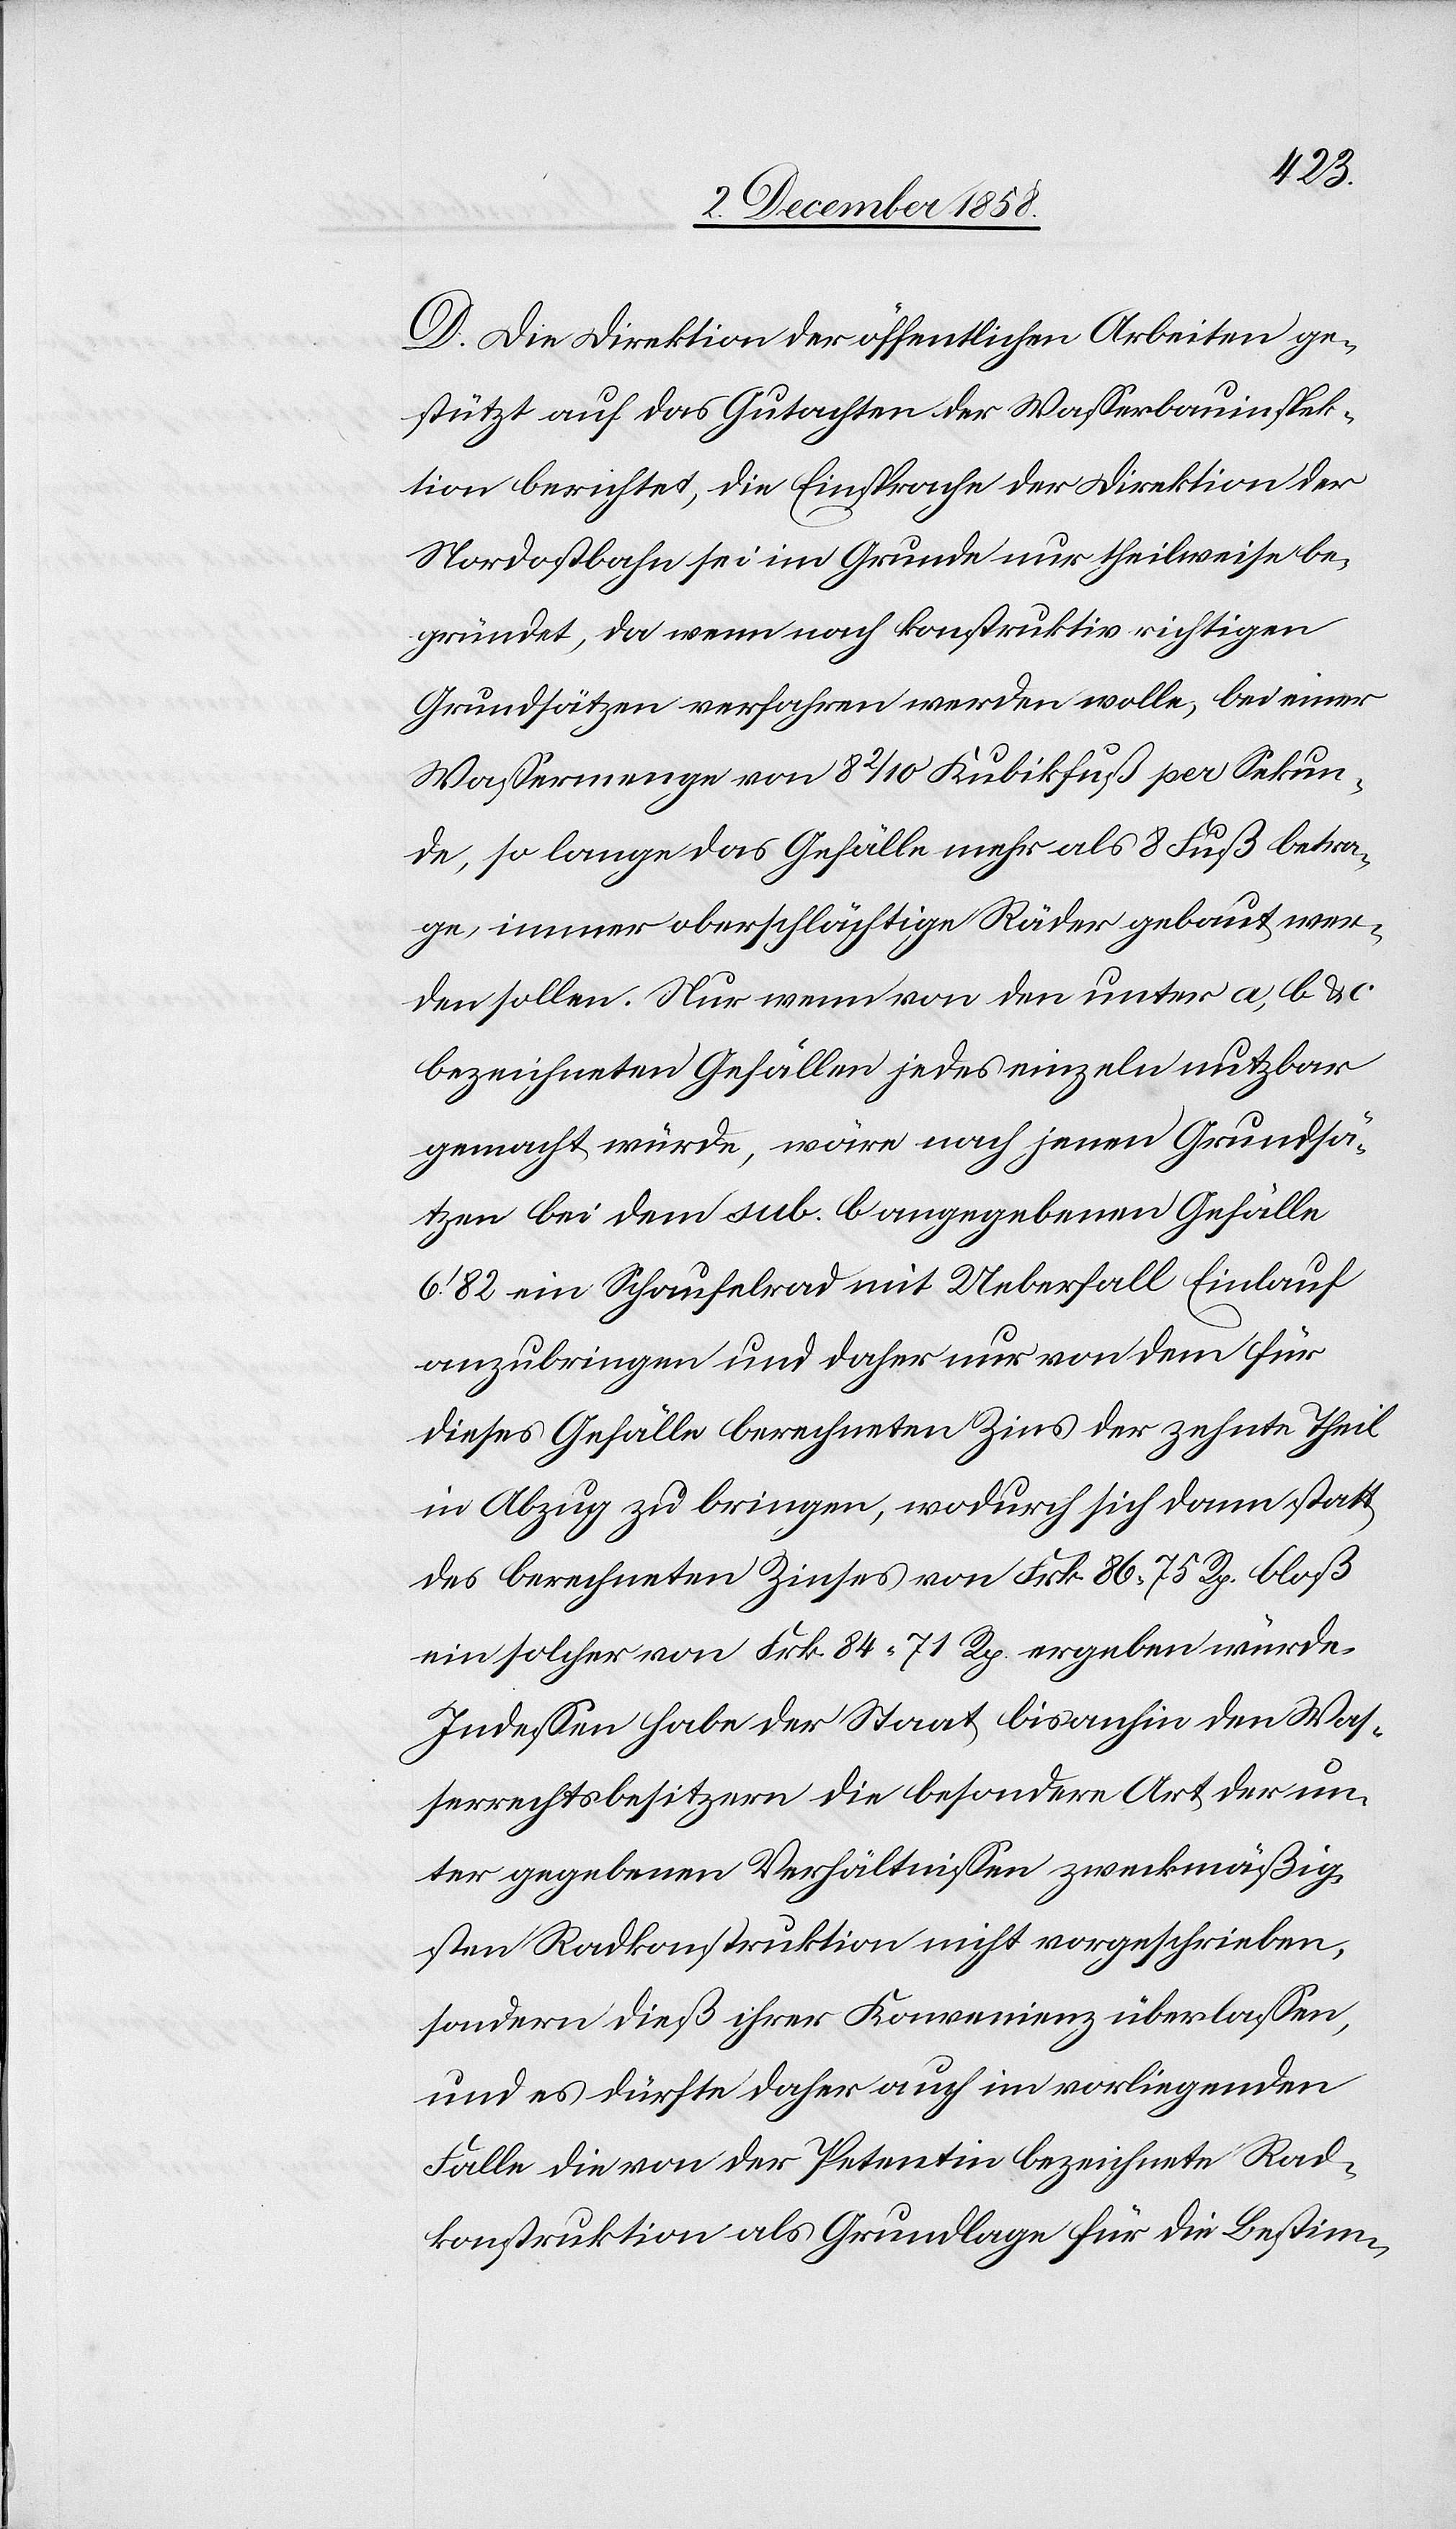
D. Die Direktion der öffentlichen Arbeiten ge¬
stützt auf das Gutachten der Wasserbauinspek¬
tion berichtet, die Einsprache der Direktion der
Nordostbahn sei im Grunde nur theilweise be¬
gründet, da wenn nach konstruktiv richtigen
Grundsätzen verfahren werden wolle, bei einer
Wassermenge von 8 2/10 Kubikfuß per Sekun¬
de, so lange das Gefälle mehr als 8 Fuß betra¬
ge, immer oberschlächtige Räder gebaut wer¬
den sollen. Nur wenn von den unter a, b & c
bezeichneten Gefällen jedes einzeln nutzbar
gemacht würde, wäre nach jenen Grundsä¬
tzen bei dem sub. b angegebenen Gefälle
6‘.82 ein Schaufelrad mit Ueberfall Einlauf
anzubringen und daher nur von dem für
dieses Gefälle berechneten Zins der zehnte Theil
in Abzug zu bringen, wodurch sich dann statt
des berechneten Zinses von Frk. 86 75 Rp. bloß
ein solcher von Frk. 84 71 Rp. ergeben würde.
Indessen habe der Staat bisanhin den Was¬
serrechtsbesitzern die besondere Art der un¬
ter gegebenen Verhältnissen zweckmäßig¬
sten Radkonstruktion nicht vorgeschrieben,
sondern dieß ihrer Konvenienz überlassen,
und es dürfte daher auch im vorliegenden
Falle die von der Petentin bezeichnete Rad¬
konstruktion als Grundlage für die Bestim-